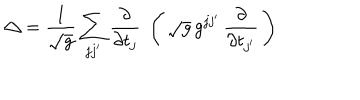
LaTeX: \triangle = { \frac { 1 } { \sqrt { g } } } \sum _ { j j ^ { \prime } } { \frac { \partial } { \partial t _ { j } } } \; \left( \, \sqrt { g } \, g ^ { j j ^ { \prime } } \, { \frac { \partial } { \partial t _ { j ^ { \prime } } } } \, \right)